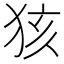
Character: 𱭺